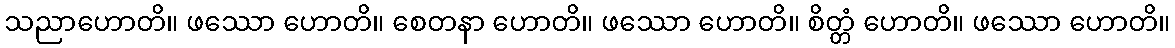
သညာဟောတိ။ ဖဿော ဟောတိ။ စေတနာ ဟောတိ။ ဖဿော ဟောတိ။ စိတ္တံ ဟောတိ။ ဖဿော ဟောတိ။